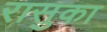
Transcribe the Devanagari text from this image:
रासुका